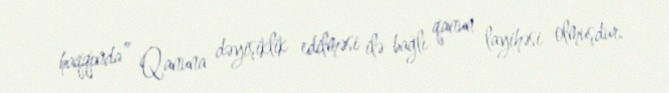
haqqında” Qanuna dəyişiklik edilməsi ilə bağlı qanun layihəsi olmuşdur.